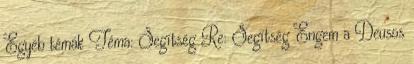
Egyéb témák Téma: Segítség Re: Segítség Engem a Deusos